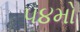
૫૪મો